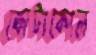
কোটাকোল